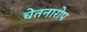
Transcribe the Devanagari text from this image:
चेतनारोप